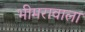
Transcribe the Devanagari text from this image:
भीमरावाला